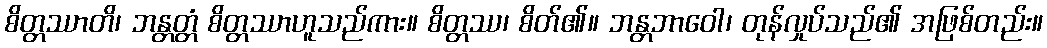
စိတ္တဿာတိ၊ ဘန္တတ္တံ စိတ္တဿာဟူသည်ကား။ စိတ္တဿ၊ စိတ်၏။ ဘန္တဘာဝေါ၊ တုန်လှုပ်သည်၏ အဖြစ်တည်း။